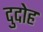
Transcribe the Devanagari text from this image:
दुदोह